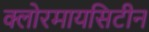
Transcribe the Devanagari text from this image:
क्लोरमायसिटीन